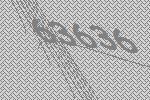
63636